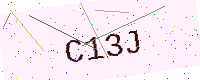
Text: C13J